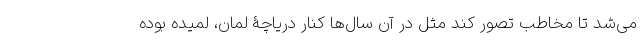
می‌شد تا مخاطب تصور کند مثل در آن سال‌ها کنار دریاچۀ لمان، لمیده بوده